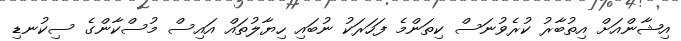
އިޝާންއަށް އިތުބާރު ކުރެވުނަސް ކިތަންމެ ފަހަރަކު ނުބައި ހިޔާލުތައް އައިސް މުސްކާންގެ ސިކުނޑި